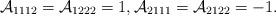
LaTeX: \begin{align*}\mathcal{A}_{1112}=\mathcal{A}_{1222}=1, \mathcal{A}_{2111}=\mathcal{A}_{2122}=-1.\end{align*}